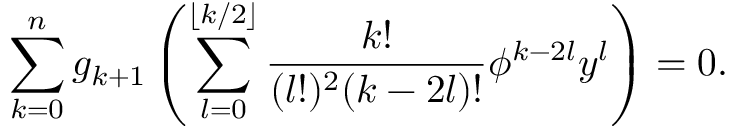
\sum _ { k = 0 } ^ { n } g _ { k + 1 } \left( \sum _ { l = 0 } ^ { \lfloor k / 2 \rfloor } \frac { k ! } { ( l ! ) ^ { 2 } ( k - 2 l ) ! } \phi ^ { k - 2 l } y ^ { l } \right) = 0 .